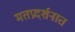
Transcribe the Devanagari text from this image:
मतप्रदर्शनात